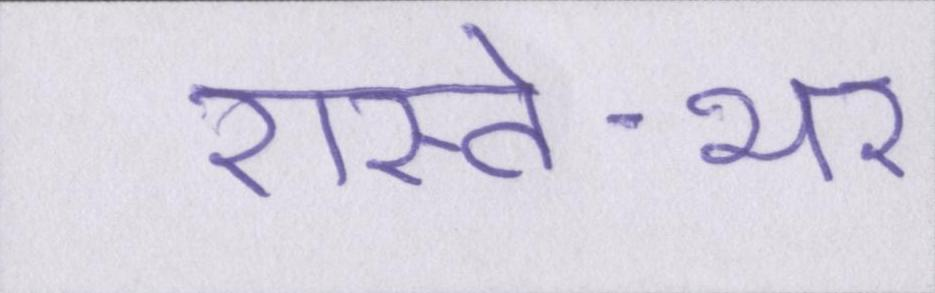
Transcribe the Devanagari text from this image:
रास्ते-भर